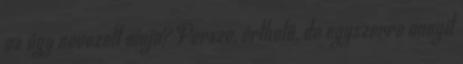
az úgy nevezett ninja? Persze, érthető, de egyszerre annyit